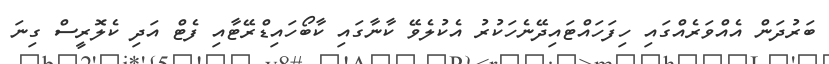
ބަރުދަން އެއްވަރެއްގައި ހިފަހައްޓައިދޭނެހަކުރު އެކުލެވޭ ކާނާގައި ކާބޯހައިޑްރޭޓާއި ފެޓް އަދި ކެލޮރީސް ގިނަ